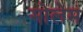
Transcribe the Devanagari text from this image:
मोलेम